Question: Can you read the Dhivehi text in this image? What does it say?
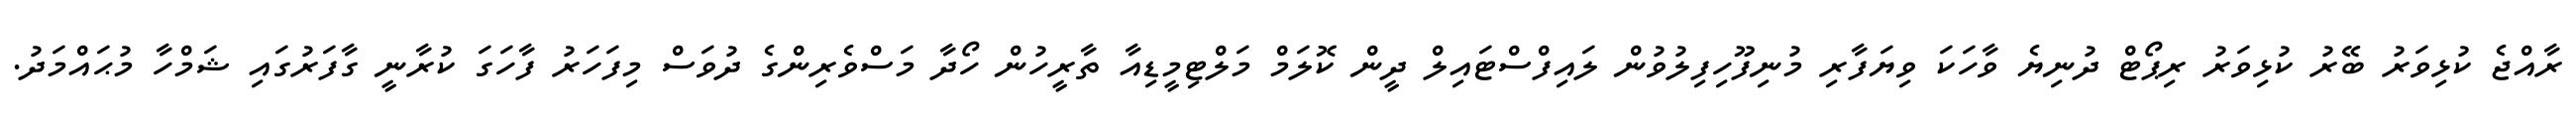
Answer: ރާއްޖެ ކުޅިވަރު ބޭރު ކުޅިވަރު ރިޕޯޓް ދުނިޔެ ވާހަކަ ވިޔަފާރި މުނިފޫހިފިލުވުން ލައިފްސްޓައިލް ދީން ކޮލަމް މަލްޓިމީޑިއާ ތާރީހުން ހޯދާ މަސްވެރިންގެ ދުވަސް މިފަހަރު ފާހަގަ ކުރާނީ ގާފަރުގައި ޝަމްހާ މުޙައްމަދު.